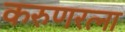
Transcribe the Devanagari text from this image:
करुणरत्ना